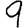
Digit: 9